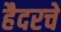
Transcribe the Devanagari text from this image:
हैदरचे